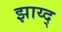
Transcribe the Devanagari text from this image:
झाय्द्